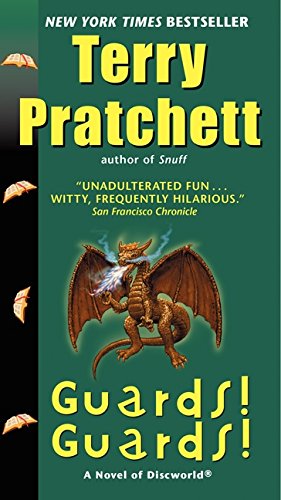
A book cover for Guards! Guards! (Discworld); Terry Pratchett; Science Fiction & Fantasy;